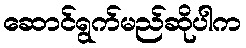
ဆောင်ရွက်မည်ဆိုပါက